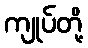
ကျုပ်တို့